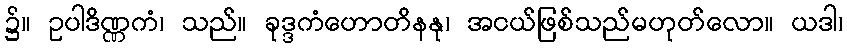
၌။ ဥပါဒိဏ္ဏကံ၊ သည်။ ခုဒ္ဒကံဟောတိနနု၊ အငယ်ဖြစ်သည်မဟုတ်လော။ ယဒါ၊